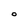
Character: O